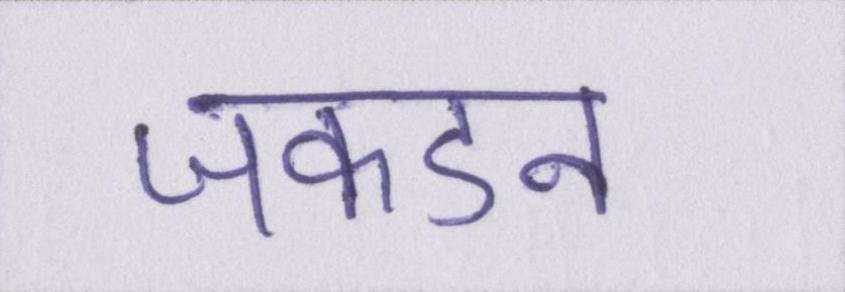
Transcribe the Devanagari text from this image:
जकडन